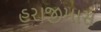
હરાજીમાસ